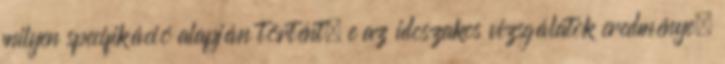
milyen specifikáció alapján történt, e az idõszakos vizsgálatok eredménye,